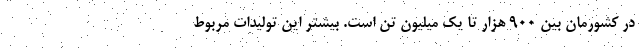
در کشورمان بین ۹۰۰ هزار تا یک میلیون تن است. بیشتر این تولیدات مربوط